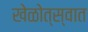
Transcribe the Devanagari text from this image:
खेळोत्स्वात